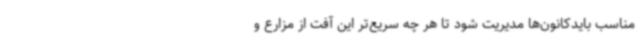
مناسب بایدکانون‌ها مدیریت شود تا هر چه سریع‌تر این آفت از مزارع و